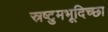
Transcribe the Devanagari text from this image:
स्रष्टुमभूदिच्छा